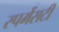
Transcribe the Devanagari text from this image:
स्पर्मेसटी